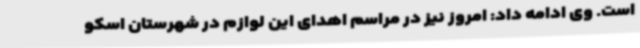
است. وی ادامه داد: امروز نیز در مراسم اهدای این لوازم در شهرستان اسکو